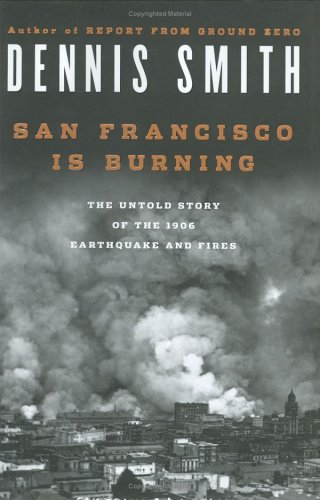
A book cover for San Francisco Is Burning: The Untold Story of the 1906 Earthquake and Fires; Dennis Smith; Science & Math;